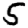
Digit: 5